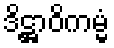
ဒိဋ္ဌာဝိကမ္မံ